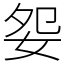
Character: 妴